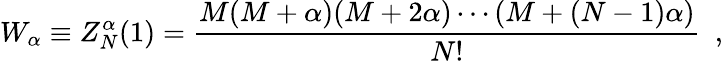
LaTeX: W_{\alpha}\equiv Z_{N}^{\alpha}(1)=\frac{M(M+\alpha)(M+2\alpha)\cdots(M+(N-1)\alpha)}{N!}\, \, \, ,